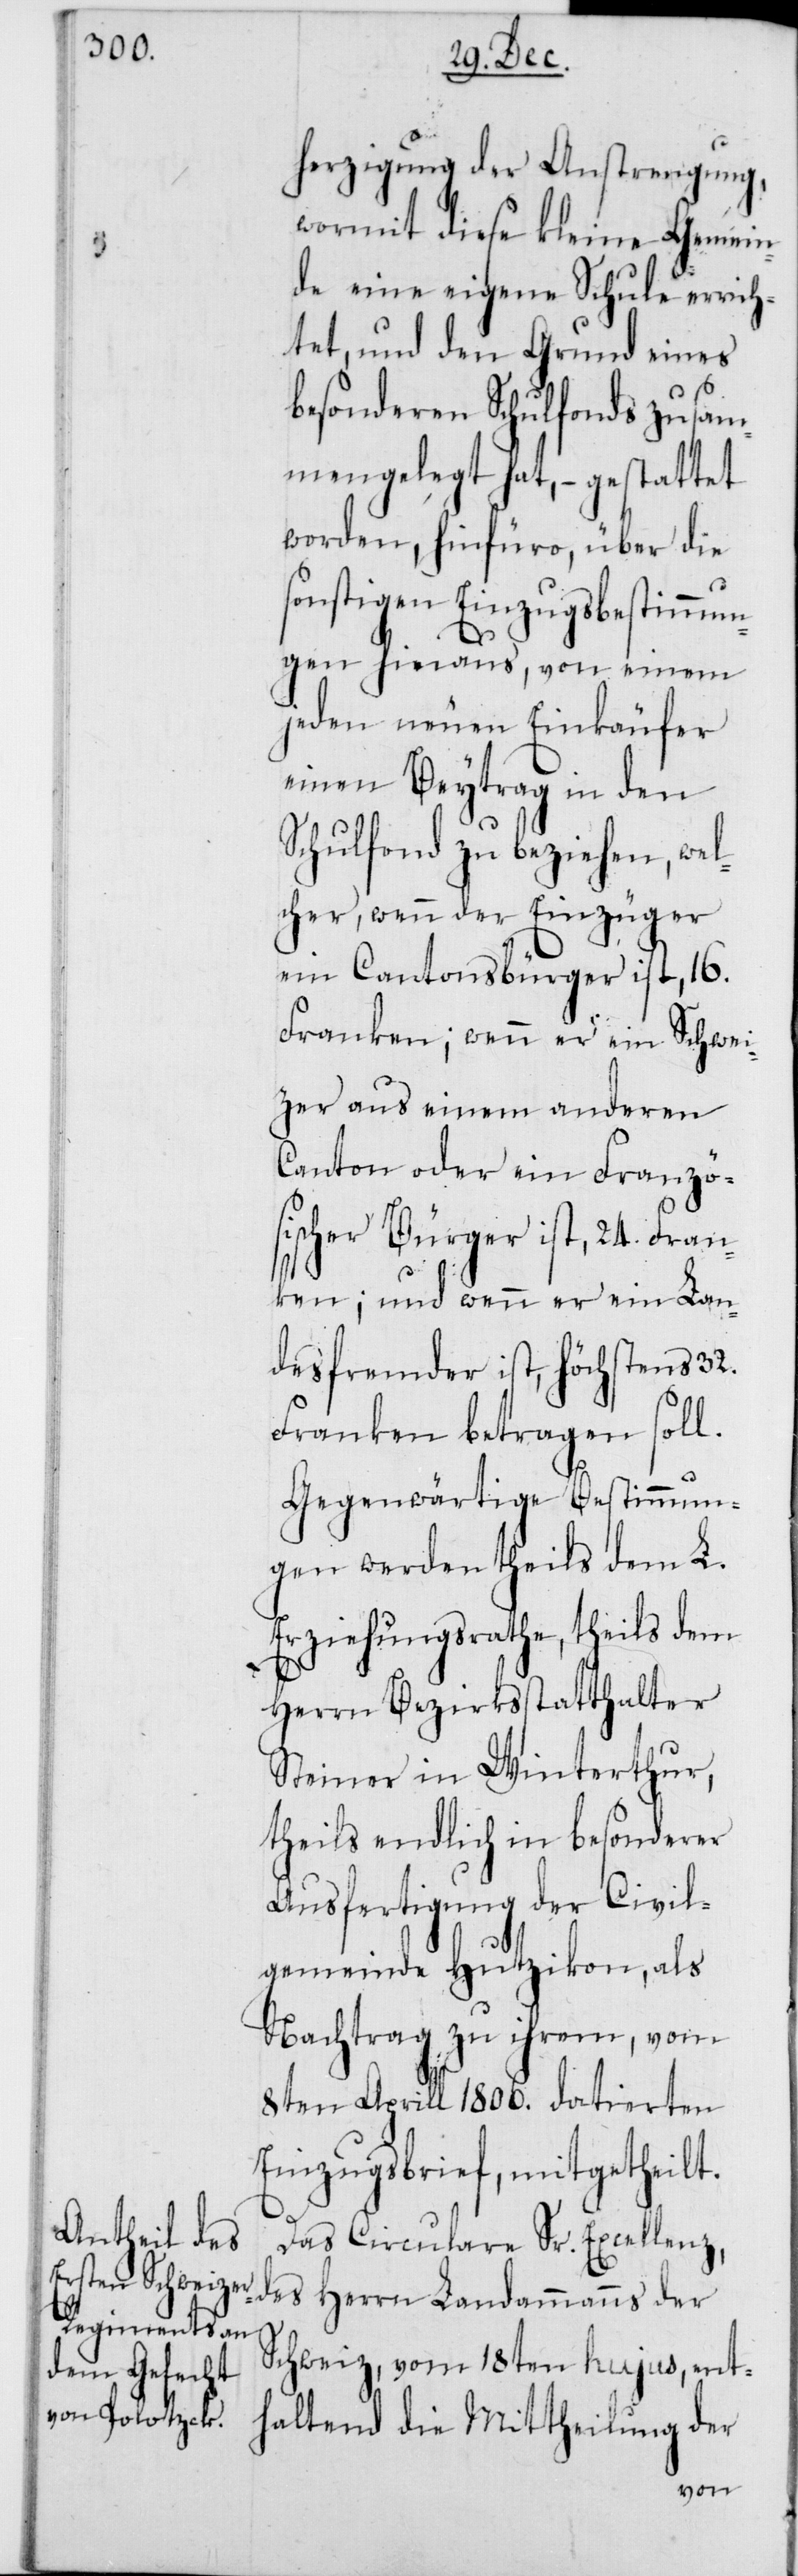
herzigung der Anstrengung,
wormit diese kleine Gemein¬
de eine eigene Schule errich¬
tet, und den Grund eines
besonderen Schulfonds zusam¬
mengelegt hat, – gestattet
worden, hinfüro, über die
sonstigen Einzugsbestimmun¬
gen hinaus, von einem
jeden neuen Einkäufer
einen Beytrag in den
Schulfonds zu beziehen, wel¬
cher, wenn der Einzüger
ein Cantonsbürger ist, 16.
Franken; wenn er ein Schwei¬
zer aus einem anderen
Canton oder ein Franzö¬
sischer Bürger ist, 24. Fran¬
ken; und wenn er ein Lan¬
desfremder ist, höchstens 32.
Franken betragen soll.
Gegenwärtige Bestimmun¬
gen werden theils dem L.
Erziehungsrathe, theils dem
Herrn Bezirksstatthalter
Steiner in Winterthur,
theils endlich in besonderer
Ausfertigung der Civil¬
gemeinde Hutzikon, als
Nachtrag zu ihrem vom
8ten Aprill 1806. datierten
Einzugsbrief, mitgetheilt.
Das Circulare Sr. Excellenz,
des Herrn Landammanns der
Schweiz, vom 18ten hujus, ent¬
haltend die Mittheilung der